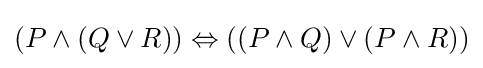
(P\land (Q\lor R))\Leftrightarrow ((P\land Q)\lor (P\land R))